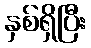
နှစ်ရှိပြီး